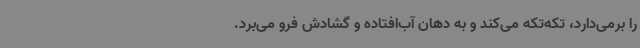
را برمی‌دارد، تکه‌تکه می‌کند و به دهان آب‌افتاده و گشادش فرو می‌برد.